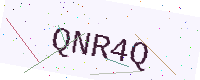
Text: QNR4Q